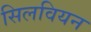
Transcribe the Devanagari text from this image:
सिलवियन